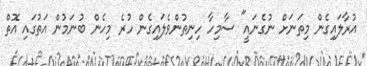
އުރާލައިގެން މިތަނަށް ނުގެނައީ" ސާމިހާ ހިނިތުންވެލައިގެން ހުރެ މިހެން ބުނަމުން އަތުގައި އޮތް